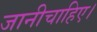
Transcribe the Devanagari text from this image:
जानीचाहिए।